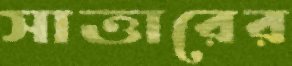
সাত্তারের